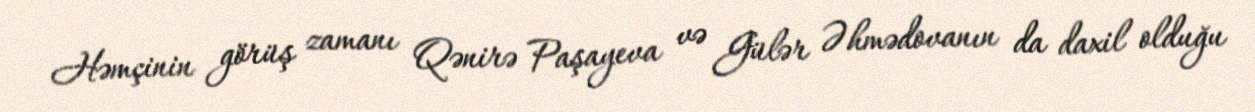
Həmçinin görüş zamanı Qənirə Paşayeva və Gülər Əhmədovanın da daxil olduğu